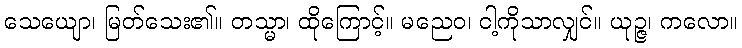
သေယျော၊ မြတ်သေး၏။ တသ္မာ၊ ထိုကြောင့်။ မညေဝ၊ ငါ့ကိုသာလျှင်။ ယုဉ္ဇ၊ ကလော။